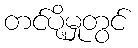
တင်ပို့မှုတွင်